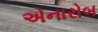
એનારોબ